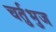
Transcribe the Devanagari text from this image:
चर्तुभुज